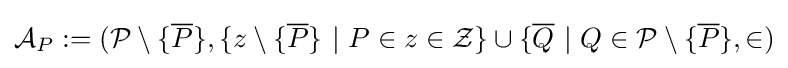
{\mathcal {A}}_{P}:=({\mathcal {P}}\setminus \{{\overline {P}}\},\{z\setminus \{{\overline {P}}\}\ |\ P\in z\in {\mathcal {Z}}\}\cup \{{\overline {Q}}\ |\ Q\in {\mathcal {P}}\setminus \{{\overline {P}}\},\in )